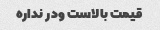
قیمت بالاست ودر نداره